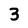
Character: 3